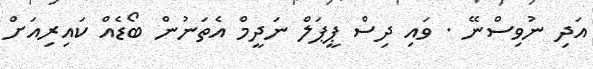
އަދި ނުވިސްނޭ . ވައި ދިސް ޕީޕަލް ނަދީމް އެތަނުން ބޯޑެއް ކައިރިއަށް